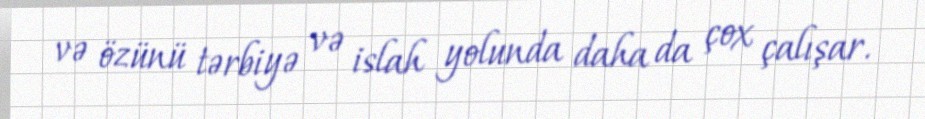
və özünü tərbiyə və islah yolunda daha da çox çalışar.